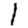
Digit: 1